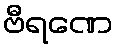
ဗီရဏေ